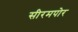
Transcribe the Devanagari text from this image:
सीरमपोर